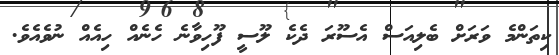
ކިތަންމެ ވަރަށް ބެލިއަސް އެސޫރަ ދެކެ ލޫސީ ފޫހިވާނެ ހެނެއް ހިއެއް ނުވެއެވެ.